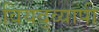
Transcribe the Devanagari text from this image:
वियद्व्यापी